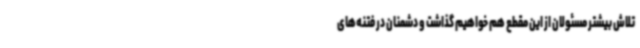
تلاش بیشتر مسئولان از این مقطع هم خواهیم گذاشت و دشمنان در فتنه‌های